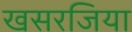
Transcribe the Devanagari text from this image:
खसरजिया